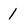
Character: 1